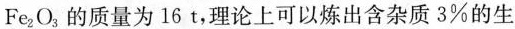
含Fe_{2}O_{3}，的质量为16t，理论上可以炼出含杂质3%的生铁的质量为多少?